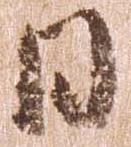
日